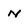
Character: N